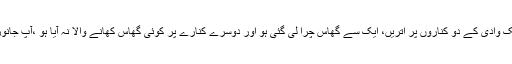
مجھے بتائیں، اگر آپ ایک وادی کے دو کناروں پر اتریں، ایک سے گھاس چرا لی گئی ہو اور دوسرے کنارے پر کوئی گھاس کھانے والا نہ آیا ہو ،آپ جانور کہاں چرانا چاہیں گے؟